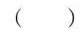
( )